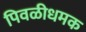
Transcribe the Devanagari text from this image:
पिवळीधमक